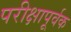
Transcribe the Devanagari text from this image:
परीक्षापूर्वक